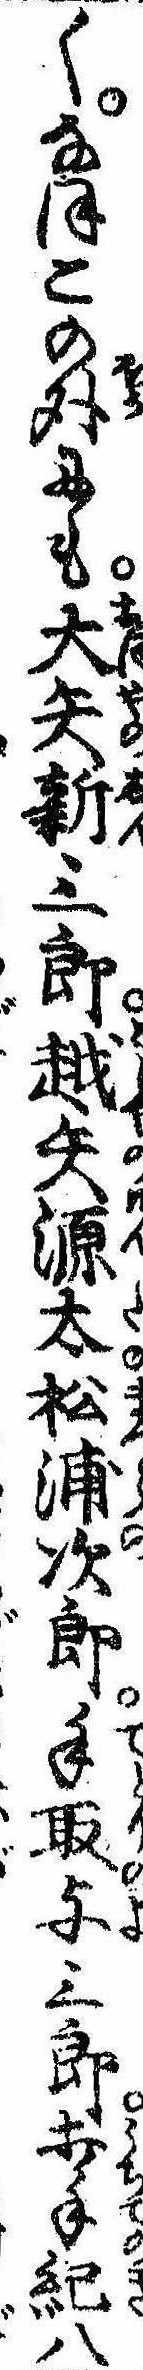
くなほこの外にも大矢新三郎越矢源太松浦次郎手取与三郎打手紀八